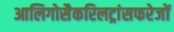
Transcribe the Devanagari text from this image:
आलिगोसैकरिलट्रांसफरेजों